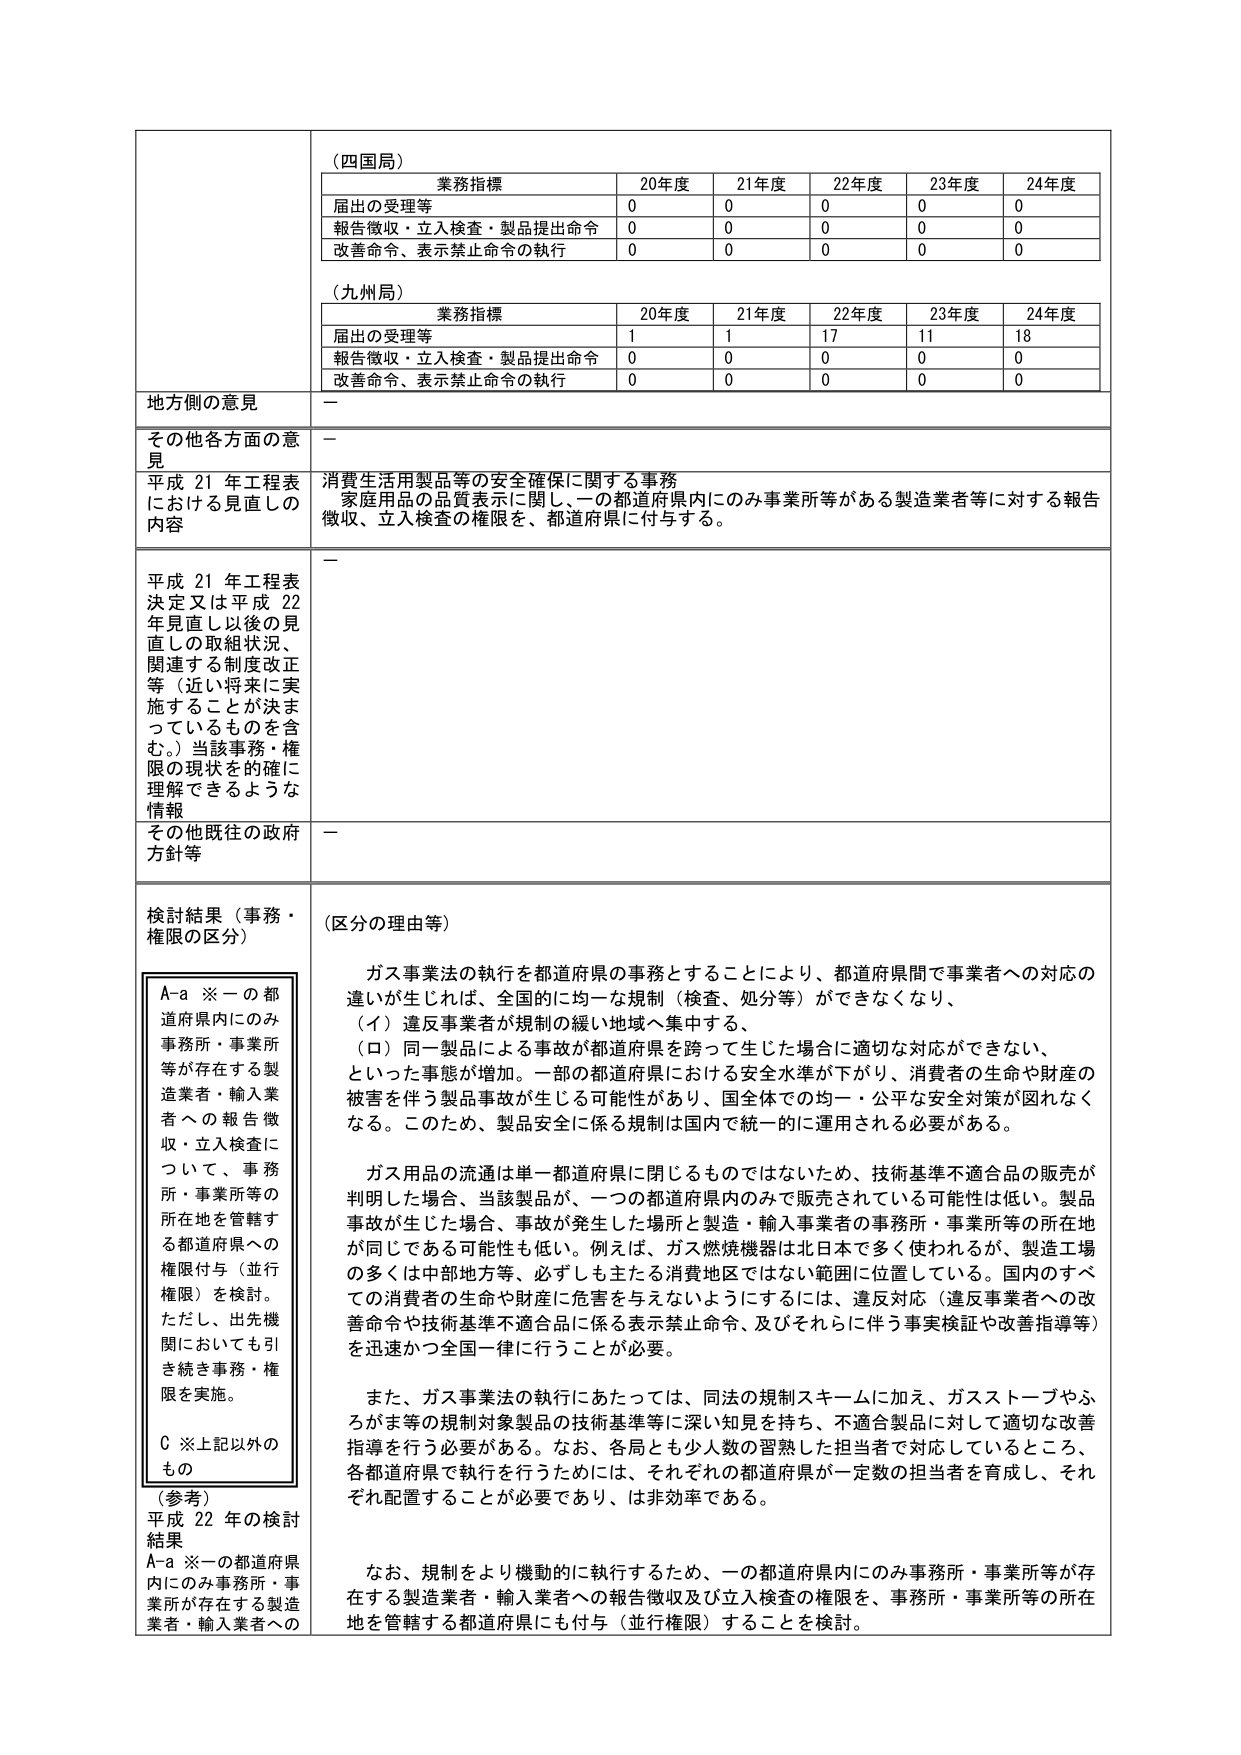
（四国局）
業務指標　20年度　21年度　22年度　23年度　24年度
届出の受理等　0　0　0　0　0
報告徴収・立入検査・製品提出命令　0　0　0　0　0
改善命令、表示禁止命令の執行　0　0　0　0　0

（九州局）
業務指標　20年度　21年度　22年度　23年度　24年度
届出の受理等　1　1　17　11　18
報告徴収・立入検査・製品提出命令　0　0　0　0　0
改善命令、表示禁止命令の執行　0　0　0　0　0

地方側の意見　－

その他各方面の意見　－

平成21年工程表における見直しの内容　消費生活用製品等の安全確保に関する事務
家庭用品の品質表示に関し、一の都道府県内にのみ事業所等がある製造業者等に対する報告徴収、立入検査の権限を、都道府県に付与する。

平成21年工程表決定又は平成22年見直し以後の見直しの取組状況、関連する制度改正等（近い将来に実施することが決まっているものを含む。）当該事務・権限の現状を的確に理解できるような情報　－

その他既往の政府方針等　－

検討結果（事務・権限の区分）
（区分の理由）
ガス事業法の執行を都道府県の事務とすることにより、都道府県間で事業者への対応の違いが生じれば、全国的に均一な規制（検査、処分等）ができなくなり、
（イ）違反事業者が規制の緩い地域へ集中する、
（ロ）同一製品による事故が都道府県を跨って生じた場合に適切な対応ができない、
といった事態が増加。一部の都道府県における安全水準が下がり、消費者の生命や財産の被害を伴う製品事故が生じる可能性があり、国全体での均一・公平な安全対策が図れなくなる。このため、製品安全に係る規制は国内で統一的に運用される必要がある。

ガス用品の流通は単一都道府県に閉じるものではないため、技術基準不適合品の販売が判明した場合、当該製品が、一つの都道府県内のみで販売されている可能性は低い。製品事故が生じた場合、事故が発生した場所と製造・輸入事業者の事務所・事業所等の所在地が同じである可能性も低い。例えば、ガス燃焼機器は北日本で多く使われが、製造工場の多くは中部地方等、必ずしも主たる消費地区ではない範囲に位置している。国内のすべての消費者の生命や財産に危害を与えないようにするには、違反対応（違反事業者への改善命令や技術基準不適合品に係る表示禁止命令、及びそれらに伴う事実検証や改善指導等）を迅速かつ全国一律に行うことが必要。

また、ガス事業法の執行にあたっては、同法の規制スキームに加え、ガスストーブやふろがま等の規制対象製品の技術基準等に深い知見を持ち、不適合製品に対して適切な改善指導を行う必要がある。なお、各局とも少人数の習熟した担当者で対応しているところ、各都道府県で執行を行うためには、それぞれの都道府県が一定数の担当者を育成し、それぞれ配置することが必要であり、は非効率である。

なお、規制をより機動的に執行するため、一の都道府県内にのみ事務所・事業所等が存在する製造業者・輸入業者への報告徴収及び立入検査の権限を、事務所・事業所等の所在地を管轄する都道府県にも付与（並行権限）することを検討。

A-a ※一の都道府県内にのみ事務所・事業所等が存在する製造業者・輸入業者への報告徴収・立入検査について、事務所・事業所等の所在地を管轄する都道府県への権限付与（並行権限）を検討。ただし、出先機関においても引き続き事務・権限を実施。
C ※上記以外のもの

（参考）
平成22年の検討結果
A-a ※一の都道府県内にのみ事務所・事業所が存在する製造業者・輸入業者への